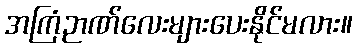
အကြံဉာဏ်လေးများပေးနိုင်မလား။